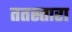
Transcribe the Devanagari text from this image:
ततस्तारा